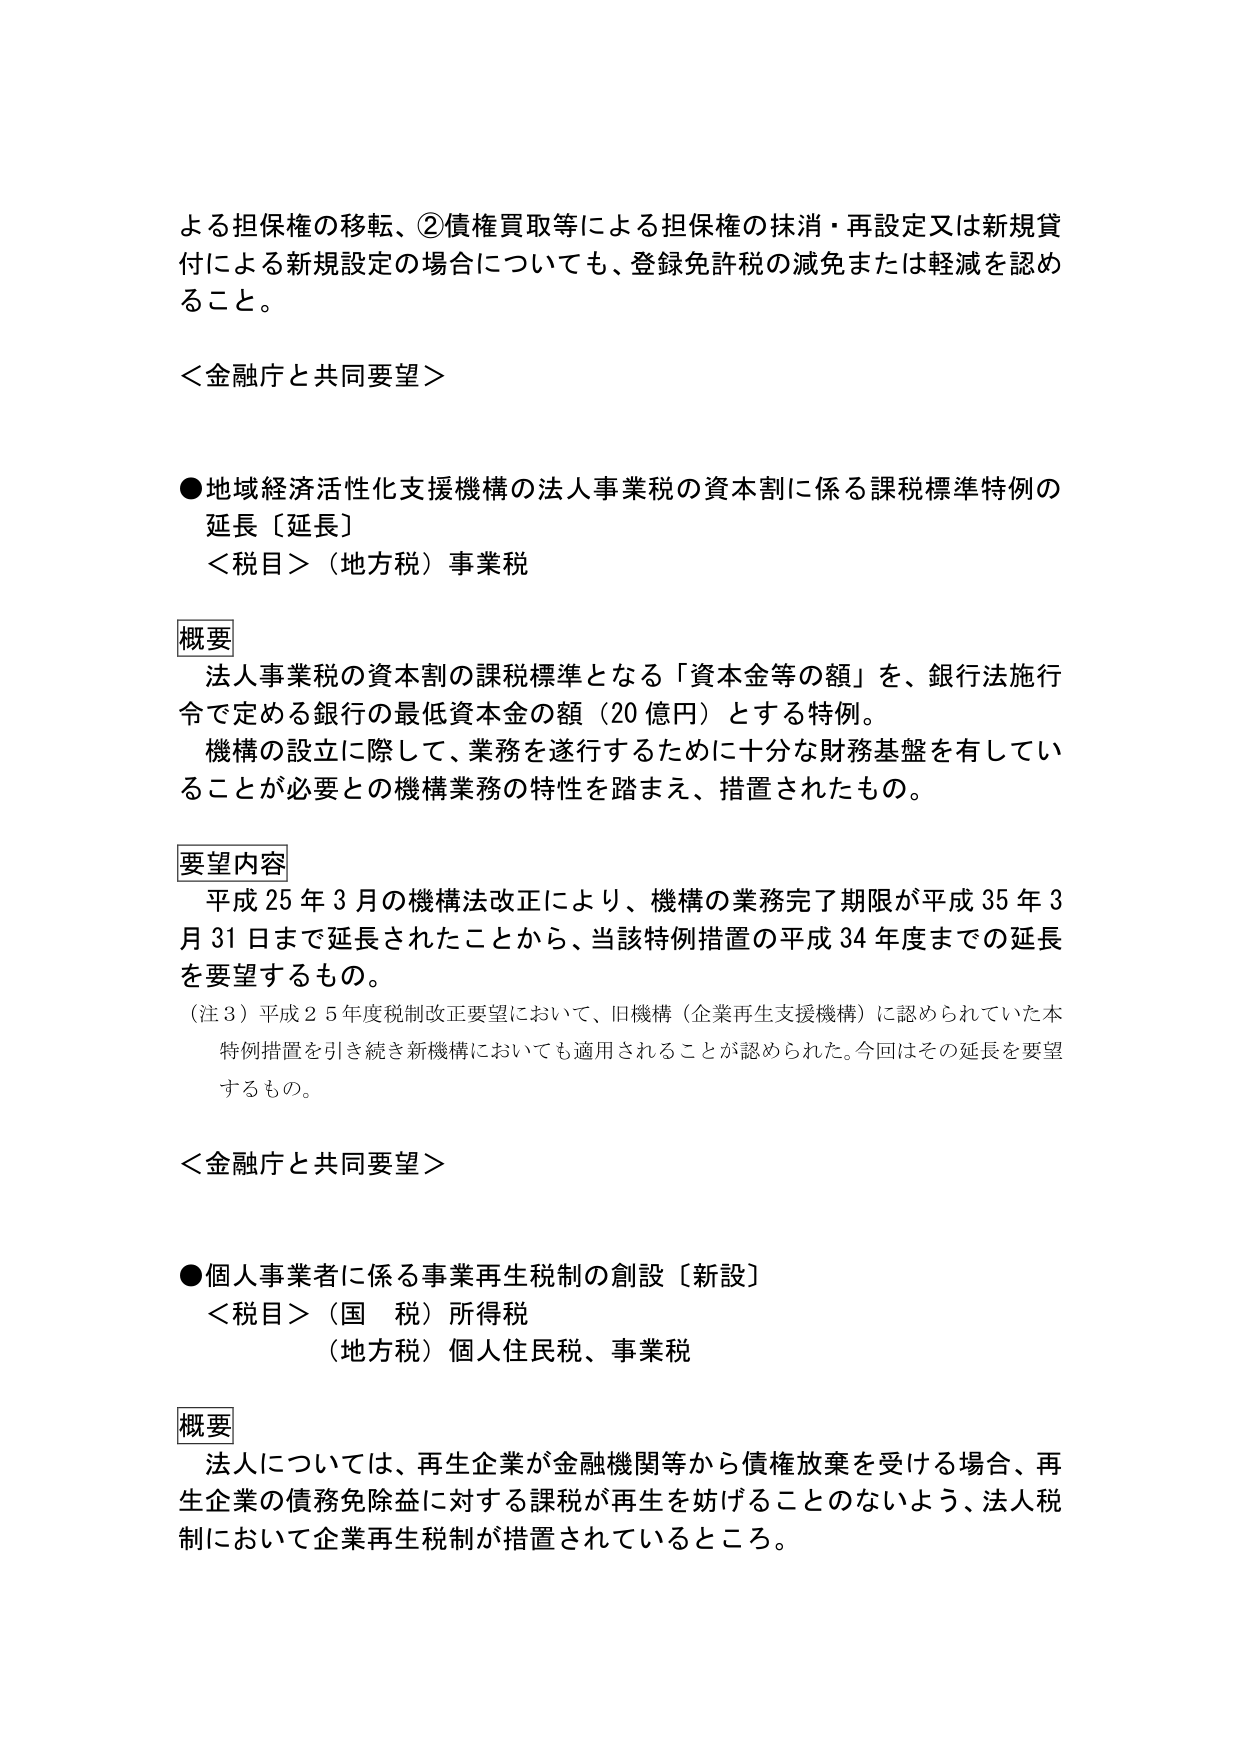
よる担保権の移転、②債権買取等による担保権の抹消・再設定又は新規貸付による新規設定の場合についても、登録免許税の減免または軽減を認めること。

＜金融庁と共同要望＞

●地域経済活性化支援機構の法人事業税の資本割に係る課税標準特例の延長〔延長〕
＜税目＞（地方税）事業税

概要
法人事業税の資本割の課税標準となる「資本金等の額」を、銀行法施行令で定める銀行の最低資本金の額（20億円）とする特例。
機構の設立に際して、業務を遂行するために十分な財務基盤を有していることが必要との機構業務の特性を踏まえ、措置されたもの。

要望内容
平成25年3月の機構法改正により、機構の業務完了期限が平成35年3月31日まで延長されたことから、当該特例措置の平成34年度までの延長を要望するもの。
（注3）平成25年度税制改正要望において、旧機構（企業再生支援機構）に認められていた本特例措置を引き続き新機構においても適用されることが認められた。今回はその延長を要望するもの。

＜金融庁と共同要望＞

●個人事業者に係る事業再生税制の創設〔新設〕
＜税目＞（国税）所得税
（地方税）個人住民税、事業税

概要
法人については、再生企業が金融機関等から債権放棄を受ける場合、再生企業の債務免除益に対する課税が再生を妨げることのないよう、法人税制において企業再生税制が措置されているところ。